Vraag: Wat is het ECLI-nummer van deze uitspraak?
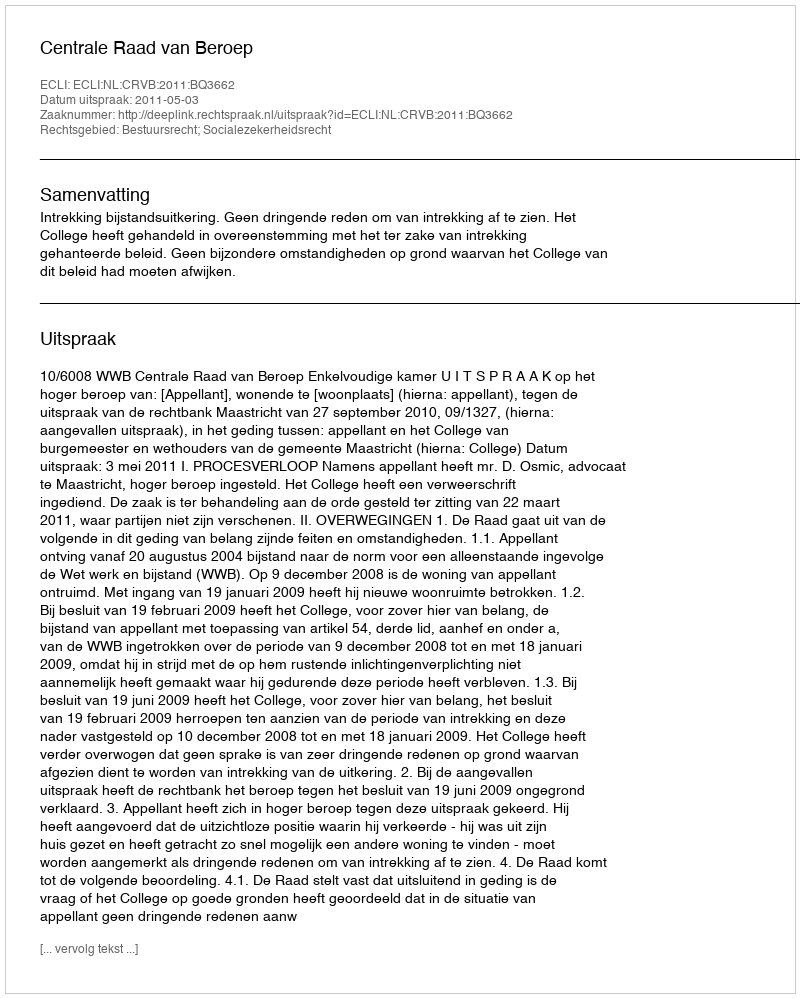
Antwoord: ECLI:NL:CRVB:2011:BQ3662